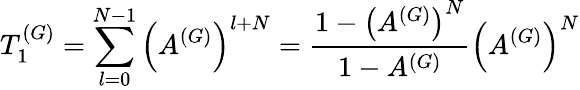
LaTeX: T_{1}^{(G)}=\sum_{l=0}^{N-1}\left(A^{(G)}\right)^{l+N}=\frac{1-\left(A^{(G)}\right)^{N}}{1-A^{(G)}}\left(A^{(G)}\right)^{N}